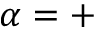
\alpha = +